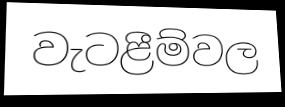
වැටළීම්වල